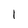
Character: 1